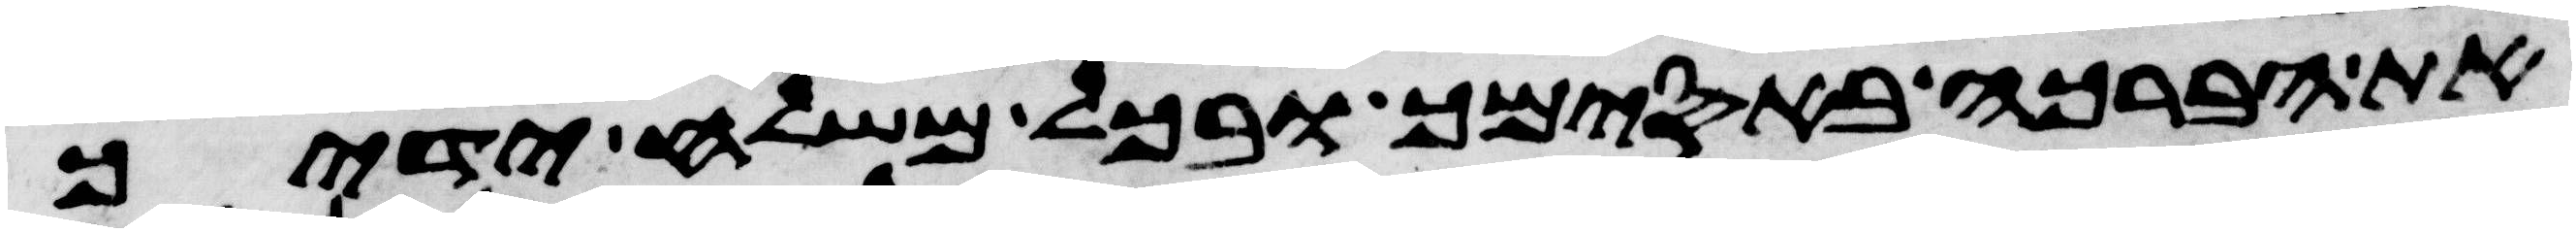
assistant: את הברכה באסימך ובכל משלח ידיך